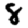
Digit: 8